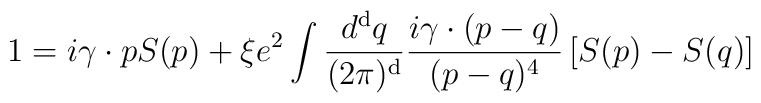
1= i\gamma\cdot p S(p) + \xi e^2 \int \frac{d^{\rm d}q}{(2\pi)^{\rm d}}\frac{i\gamma\cdot (p-q)}{(p-q)^4}\left[ S(p) - S(q)\right]